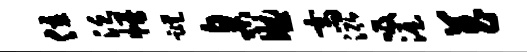
位泛幔踪臬助斋泓吸渥菖